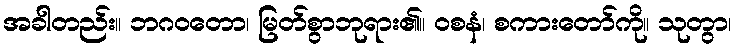
အခါတည်း။ ဘဂဝတော၊ မြတ်စွာဘုရား၏။ ဝစနံ၊ စကားတော်ကို။ သုတွာ၊